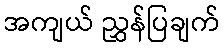
အကျယ် ညွှန်ပြချက်